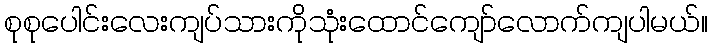
စုစုပေါင်းလေးကျပ်သားကိုသုံးထောင်ကျော်လောက်ကျပါမယ်။